Ernst_Jaakson, lk 59
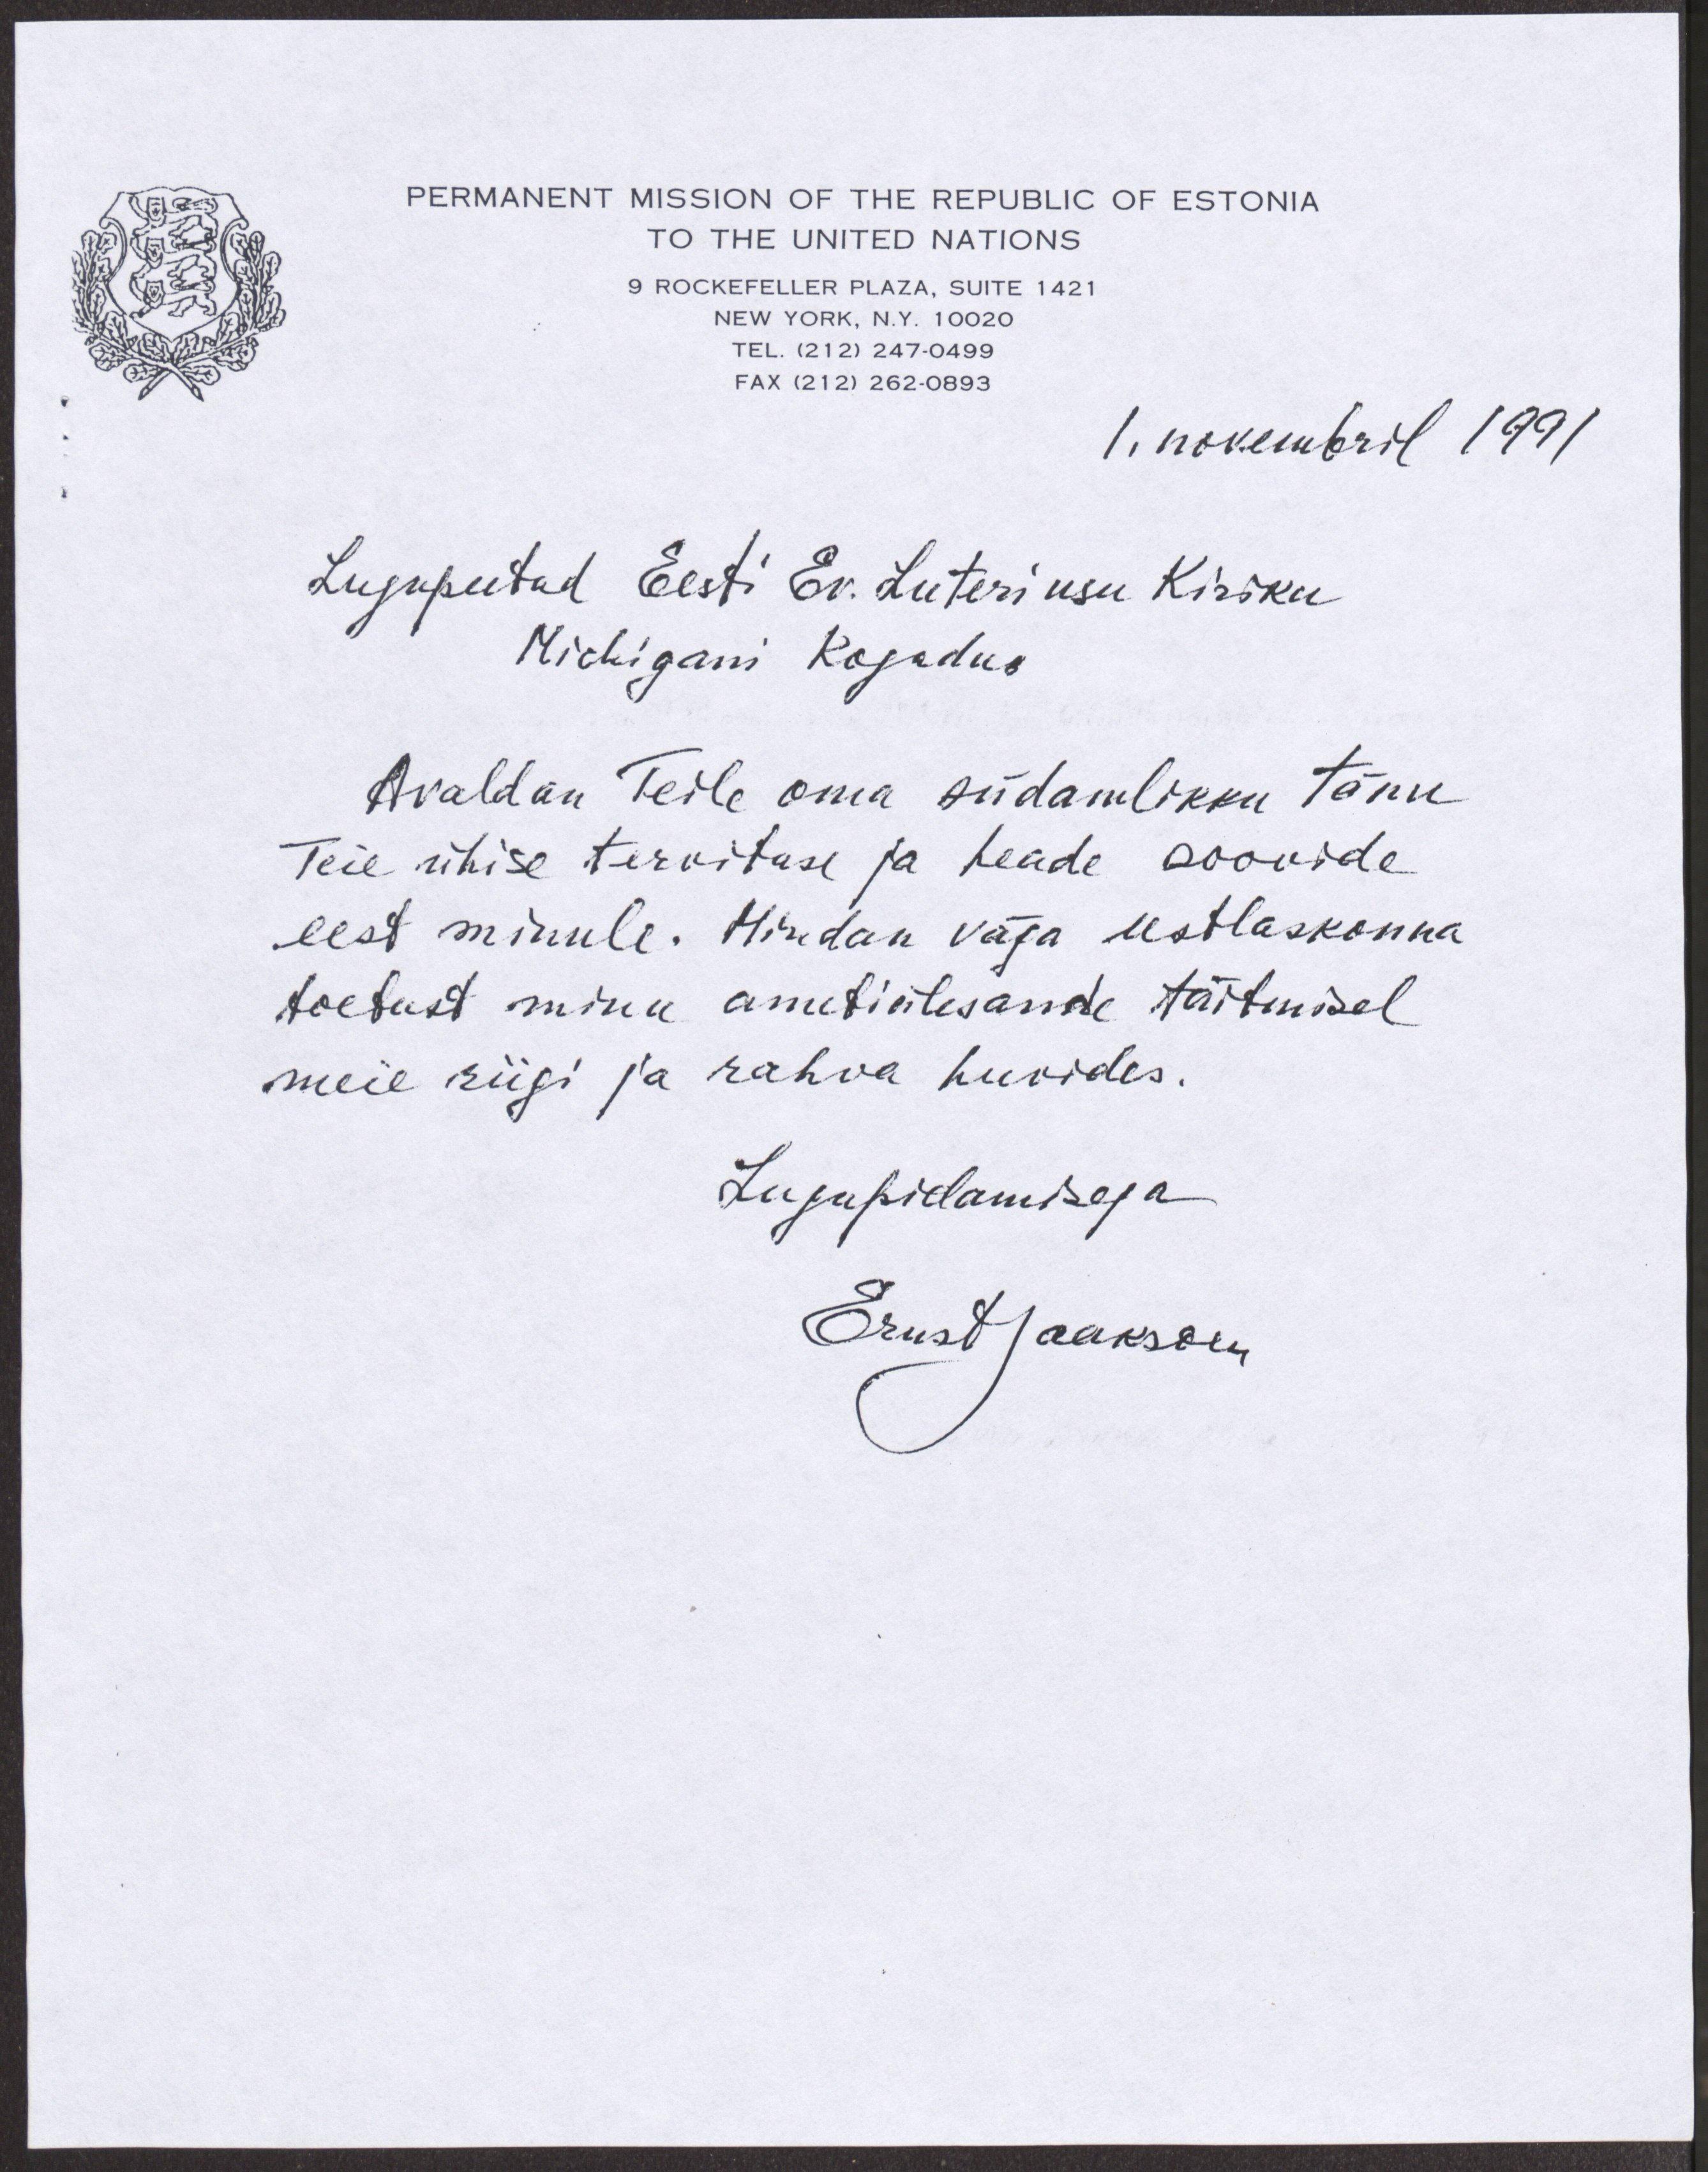
PERMANENT MISSION OF THE REPUBLIC OF ESTONIA
TO THE UNITED NATIONS
9 ROCKEFELLER PLAZA, SUITE 1421
NEW YORK, N.Y. 10020
TEL. (212) 247-0499
FAX (212) 262-0883
1. novembril 1991
Lugupeetud Eesti Ev. Luteri usu Kiriku
Michigani kogudus
Avaldan Teile oma südamlikku tänu
Teie ühise tervituse ja heade soovide
eest minule. Hindan väga eestlaskonna
toetust minu ametiülesande täitmisel
meie riigi ja rahva huvides.
Lujupidamisega
Ernst Jaakson